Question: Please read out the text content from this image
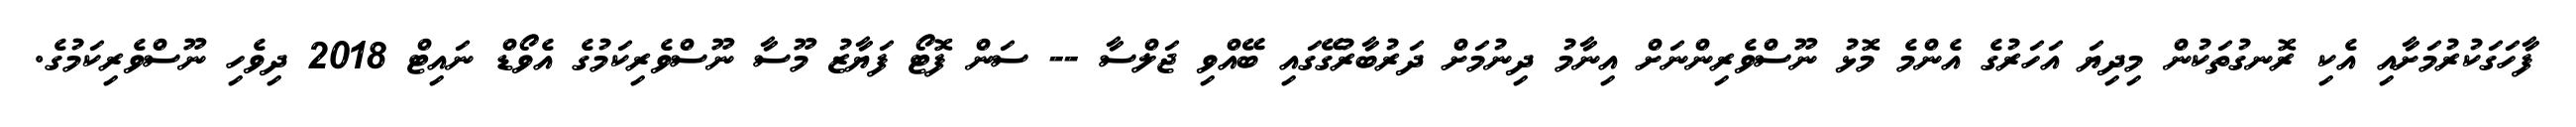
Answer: ފާހަގަކުރުމަށާއި އެކި ރޮނގުތަކުން މިދިޔަ އަހަރުގެ އެންމެ މޮޅު ނޫސްވެރިންނަށް އިނާމު ދިނުމަށް ދަރުބާރުގޭގައި ބޭއްވި ޖަލްސާ -- ސަން ފޮޓޯ ފަޔާޒު މޫސާ ނޫސްވެރިކަމުގެ އެވޯޑް ނައިޓް 2018 ދިވެހި ނޫސްވެރިކަމުގެ.